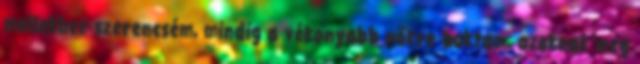
mellekhez szerencsém, mindig a vékonyabb nőkre buktam, azoknak meg